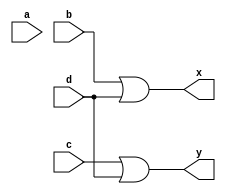
`timescale 1ns / 1ps
//////////////////////////////////////////////////////////////////////////////////
// Company: 
// Engineer: 
// 
// Design Name: 
// Module Name:    encoder42 
// Project Name: 
// Target Devices: 
// Tool versions: 
// Description: 
//
// Dependencies: 
//
// Revision: 
// Revision 0.01 - File Created
// Additional Comments: 
//
//////////////////////////////////////////////////////////////////////////////////
module encoder42( input a,b,c,d, output x,y);

assign x = b|d;
assign y = c|d;

endmodule